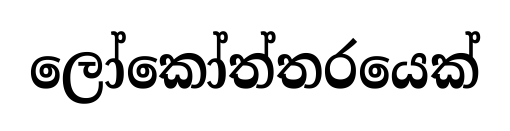
ලෝකෝත්තරයෙක්